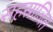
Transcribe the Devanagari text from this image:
सहस्राजित